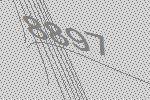
8897